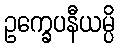
ဥက္ခေပနီယမ္ပိ